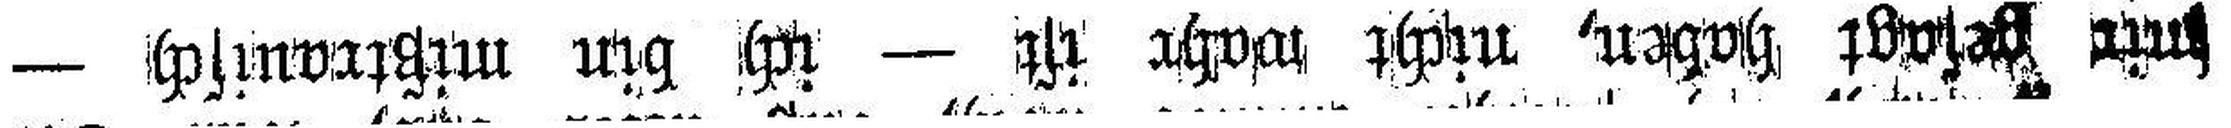
mir gesagt haben, nicht wahr ist — ich bin mißtrauisch —